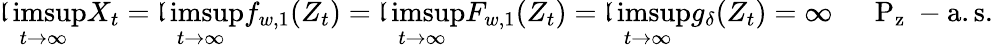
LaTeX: \operatorname*{\mathfrak{l}imsup}_{t\to\infty}X_{t}=\operatorname*{\mathfrak{l}imsup}_{t\to\infty}f_{w,1}(Z_{t})=\operatorname*{\mathfrak{l}imsup}_{t\to\infty}F_{w,1}(Z_{t})=\operatorname*{\mathfrak{l}imsup}_{t\to\infty}g_{\delta}(Z_{t})=\infty\quad\mathrm{{~\mathbb{~}P_z~-a.s.}}